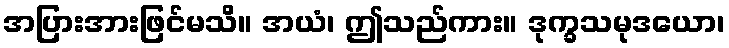
အပြားအားဖြင်မသိ။ အယံ၊ ဤသည်ကား။ ဒုက္ခသမုဒယော၊